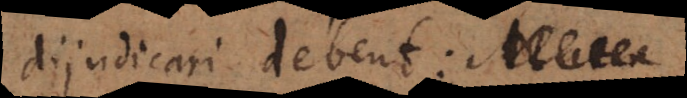
dijudicari debent: Forma,